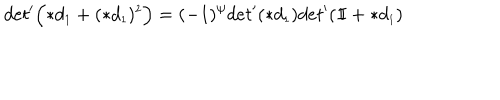
d e t ^ { \prime } \Bigl ( \ast d _ { \scriptscriptstyle 1 } + ( \ast d _ { \scriptscriptstyle 1 } ) ^ { \scriptscriptstyle 2 } \Bigr ) = ( - 1 ) ^ { \psi } d e t ^ { \prime } ( \ast d _ { \scriptscriptstyle 1 } ) d e t ^ { \prime } ( \mathrm { 1 \ m k e r n - 5 m u I } + \ast d _ { \scriptscriptstyle 1 } )